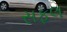
સફલ